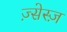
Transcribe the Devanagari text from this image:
ज़्सेस्ज़